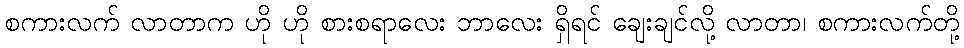
စကားလက် လာတာက ဟို ဟို စားစရာလေး ဘာလေး ရှိရင် ချေးချင်လို့ လာတာ၊ စကားလက်တို့